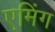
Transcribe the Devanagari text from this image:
एमिंग